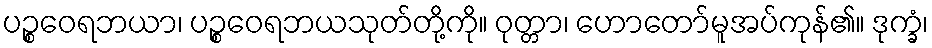
ပဉ္စဝေရဘယာ၊ ပဉ္စဝေရဘယသုတ်တို့ကို။ ဝုတ္တာ၊ ဟောတော်မူအပ်ကုန်၏။ ဒုက္ခံ၊